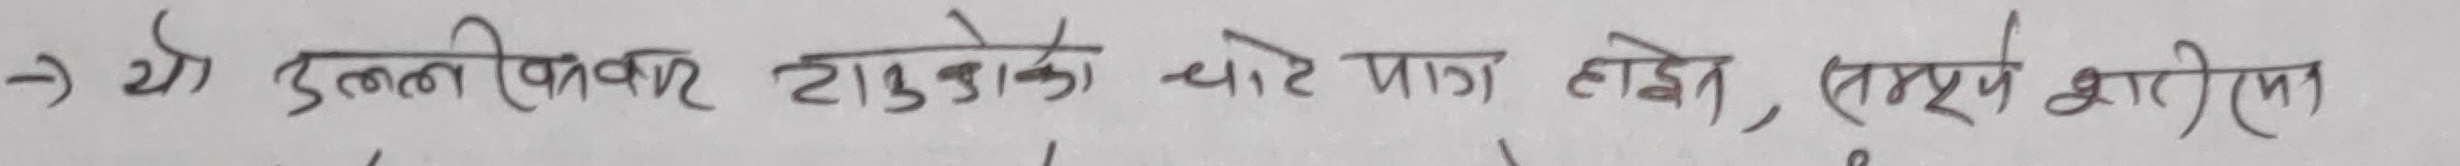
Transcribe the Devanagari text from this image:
-> यो उल्लिखित टाउकोको चोट भाग होइन, सम्पूर्ण शरीरमा